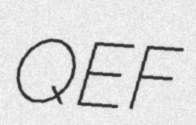
QEF